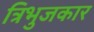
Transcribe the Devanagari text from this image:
त्रिभुजकार